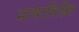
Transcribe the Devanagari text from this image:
भाषामिश्रित